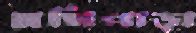
মণিপাড়া